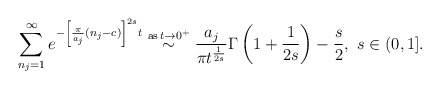
\begin{align*}\sum_{n_j=1}^{\infty}e^{-\left[\frac{\pi}{a_j}(n_j-c)\right]^{2s}t} \stackrel{\textrm{as} \, t\rightarrow 0^+}{\sim}\frac{a_j}{\pi t^{\frac{1}{2s}}}\Gamma\left(1+\frac{1}{2s}\right)-\frac{s}{2}, \,\, s\in (0,1]. \end{align*}